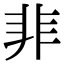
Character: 𩇦